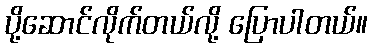
ပို့ဆောင်လိုက်တယ်လို့ ပြောပါတယ်။